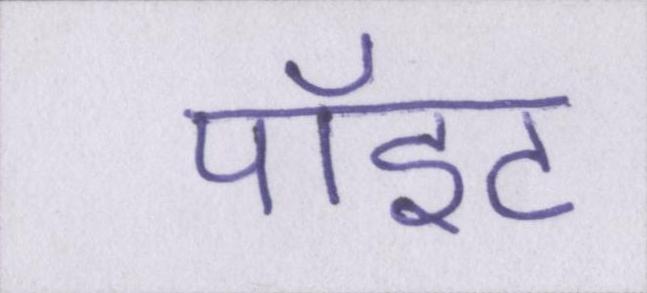
पॉइंट